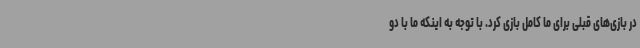
در بازی‌های قبلی برای ما کامل بازی کرد. با توجه به اینکه ما با دو